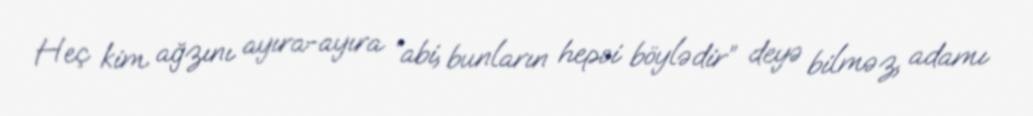
Heç kim ağzını ayıra-ayıra “abi, bunların hepsi böylədir” deyə bilməz, adamı